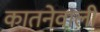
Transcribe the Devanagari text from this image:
कातनेवाली